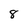
Character: 8